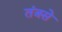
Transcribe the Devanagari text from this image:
तंत्रसे